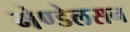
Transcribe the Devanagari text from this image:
मेण्डेलसन